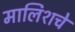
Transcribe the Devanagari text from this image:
मालिशचे